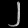
Digit: ၂